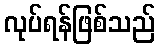
လုပ်ရန်ဖြစ်သည်